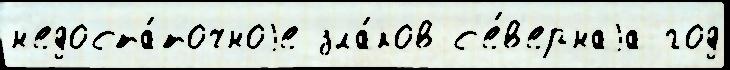
н'едоста́точноjе зла́ков с'е́в'ернаjа год